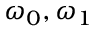
\omega _ { 0 } , \omega _ { 1 }